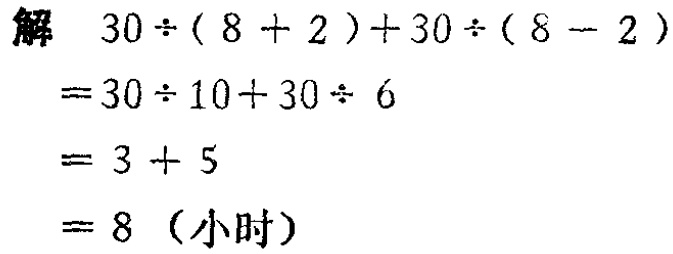
解

\[

\begin{align*}

&30\div(8 + 2)+30\div(8 - 2)\\

=&30\div10 + 30\div6\\

=&3 + 5\\

=&8 \text{（小时）}

\end{align*}

\]